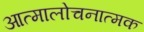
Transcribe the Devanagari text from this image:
आत्मालोचनात्मक